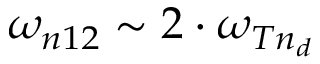
\omega _ { n 1 2 } \sim 2 \cdot \omega _ { T n _ { d } }